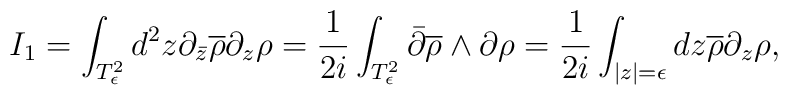
I_{1}=\int_{T_{\epsilon}^{2}} d^{2}z \partial_{\bar{z}}\overline{\rho}\partial_{z}\rho = \frac{1}{2i}\int_{T_{\epsilon}^{2}}\bar{\partial}\overline{\rho}\wedge\partial \rho = \frac{1}{2i}\int_{|z|=\epsilon}dz\overline{\rho}\partial_{z}\rho ,